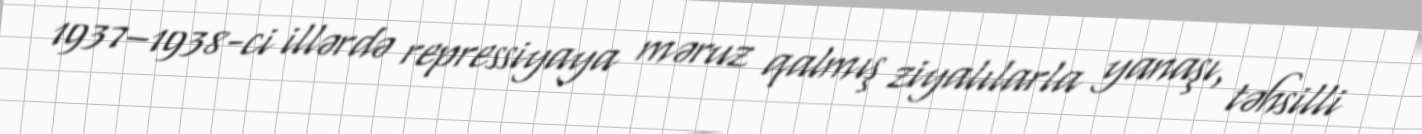
1937–1938-ci illərdə repressiyaya məruz qalmış ziyalılarla yanaşı, təhsilli